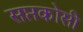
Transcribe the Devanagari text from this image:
सप्तकोसी